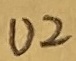
Text: U2